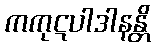
ကကုဋပါဒါနန္တိ